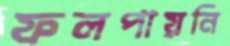
ফলপায়নি